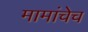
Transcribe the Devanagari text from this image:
मामांचेच